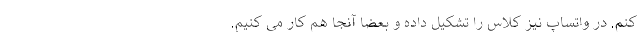
کنم. در واتساپ نیز کلاس را تشکیل داده و بعضا آنجا هم کار می کنیم.